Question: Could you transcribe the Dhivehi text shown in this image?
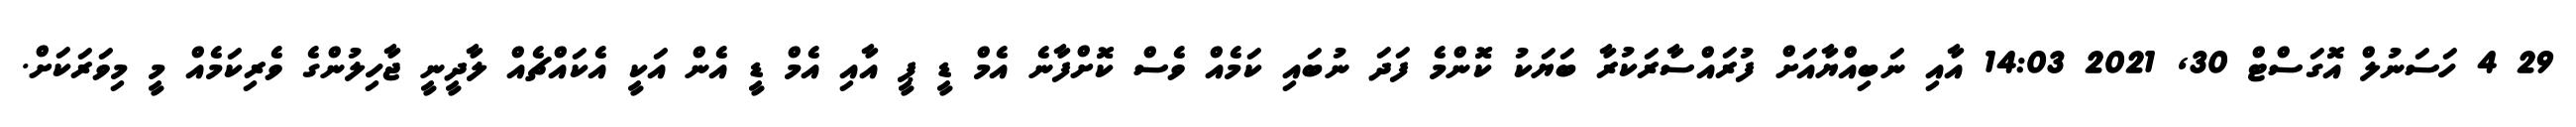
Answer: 29 4 ހަސަނުލް އޮގަސްޓް 30, 2021 14:03 އާއި ނަބިއްޔާއަށް ފުރައްސާރަކުރާ ބަޔަކު ކޮންމެ ފަދަ ނުބައި ކަމެއް ވެސް ކޮށްފާނެ އެމް ޑީ ޕީ އާއި އެމް ޑީ އެން އަކީ އެކައްޗެއް ލާދީނީ ޖާހިލުންގެ ވެރިކަމެއް މީ މިވަރަކަށް.